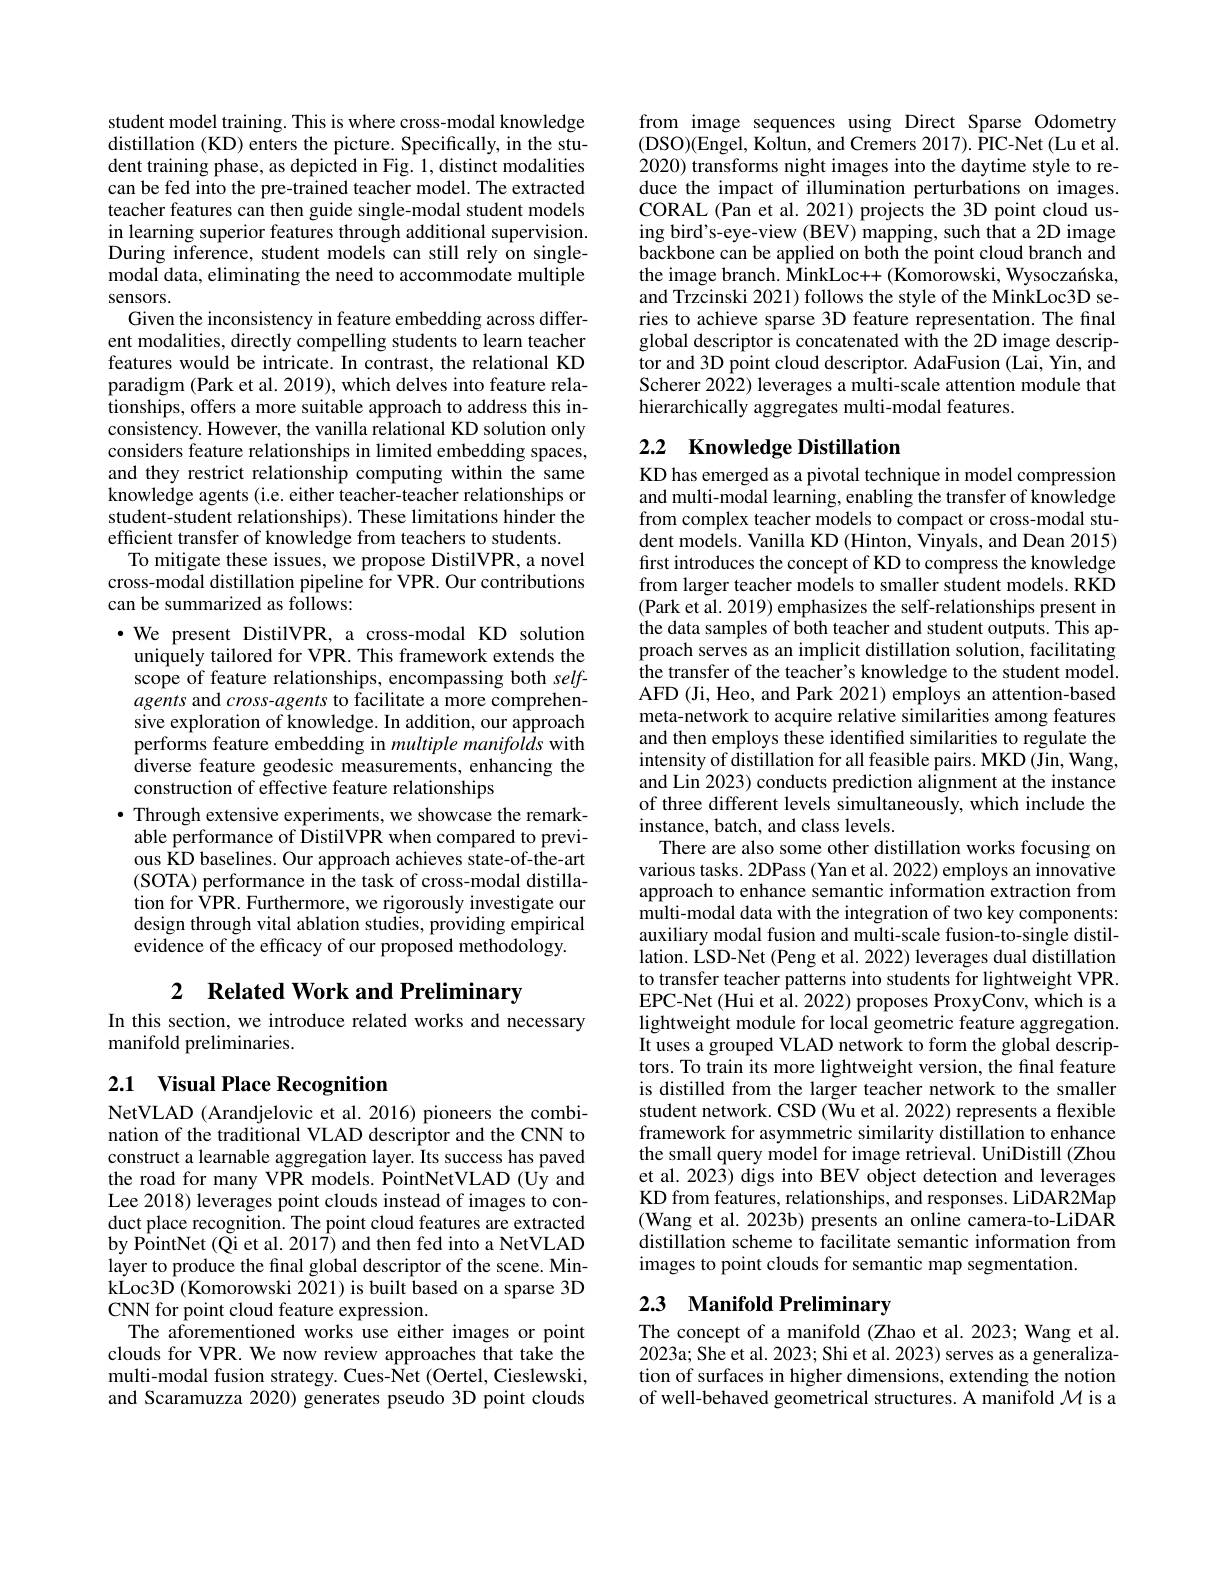
student model training. This is where cross-modal knowledge distillation (KD) enters the picture. Specifically, in the student training phase, as depicted in Fig. 1, distinct modalities can be fed into the pre-trained teacher model. The extracted teacher features can then guide single-modal student models in learning superior features through additional supervision. During inference, student models can still rely on singlemodal data, eliminating the need to accommodate multiple sensors.
Given the inconsistency in feature embedding across different modalities, directly compelling students to learn teacher features would be intricate. In contrast, the relational KD paradigm (Park et al. 2019), which delves into feature relationships, offers a more suitable approach to address this inconsistency. However, the vanilla relational KD solution only considers feature relationships in limited embedding spaces, and they restrict relationship computing within the same knowledge agents (i.e. either teacher-teacher relationships or student-student relationships). These limitations hinder the efficient transfer of knowledge from teachers to students.
To mitigate these issues, we propose DistilVPR, a novel cross-modal distillation pipeline for VPR. Our contributions can be summarized as follows:
·We present DistilVPR, a cross-modal KD solution uniquely tailored for VPR. This framework extends the scope of feature relationships, encompassing both selfagents and $cross-agents$ to facilitate a more comprehensive exploration of knowledge. In addition, our approach performs feature embedding in multiple manifolds with diverse feature geodesic measurements, enhancing the construction of effective feature relationships
$\bullet$ Through extensive experiments, we showcase the remarkable performance of DistilVPR when compared to previous RD baselines. Our approach achieves state-of-the-art (SOTA) performance in the task of cross-modal distillation for VPR. Furthermore, we rigorously investigate our design through vital ablation studies, providing empirical evidence of the efficacy of our proposed methodology.
2 Related Work and Preliminary

In this section, we introduce related works and necessary
manifold preliminaries.

# 2.1 Visual Place Recognition

NetVLAD (Arandjelovic et al. 2016) pioneers the combination of the traditional VLAD descriptor and the CNN to construct a learnable aggregation layer. Its success has paved the road for many VPR models. PointNetVLAD (Uy and Lee 2018) leverages point clouds instead of images to conduct place recognition. The point cloud features are extracted by PointNet (Qi et al. 2017) and then fed into a NetVLAD layer to produce the final global descriptor of the scene. Min- $\dot{\text{kLoc3D}}(\tilde{\text{Komorowski 2021) is built based on a sparse 3D}}$ CNN for point cloud feature expression.
The aforementioned works use either images or point clouds for VPR. We now review approaches that take the multi-modal fusion strategy. Cues-Net (Oertel, Cieslewski, and Scaramuzza 2020) generates pseudo 3D point clouds

from image sequences using Direct Sparse Odometry (DSO)(Engel, Koltun, and Cremers 2017). PIC-Net (Lu et al. 2020) transforms night images into the daytime style to reduce the impact of illumination perturbations on images. CORAL (Pan et al. 2021) projects the 3D point cloud using bird's-eye-view (BEV) mapping, such that a 2D image backbone can be applied on both the point cloud branch and the image branch. MinkLoc++ (Komorowski, Wysoczanska, and Trzcinski 2021) follows the style of the MinkLoc3D series to achieve sparse 3D feature representation. The final global descriptor is concatenated with the 2D image descriptor and 3D point cloud descriptor. AdaFusion (Lai, Yin, and Scherer 2022) leverages a multi-scale attention module that hierarchically aggregates multi-modal features.

## 2.2 Knowledge Distillation

KD has emerged as a pivotal technique in model compression and multi-modal learning, enabling the transfer of knowledge from complex teacher models to compact or cross-modal student models. Vanilla KD (Hinton, Vinyals, and Dean 2015) first introduces the concept of KD to compress the knowledge from larger teacher models to smaller student models. RKD (Park et al. 2019) emphasizes the self-relationships present in the data samples of both teacher and student outputs. This approach serves as an implicit distillation solution, facilitating the transfer of the teacher's knowledge to the student model. AFD (Ji, Heo, and Park 2021) employs an attention-based meta-network to acquire relative similarities among features and then employs these identified similarities to regulate the intensity of distillation for all feasible pairs. MKD ( Jin, Wang, and Lin 2023) conducts prediction alignment at the instance of three different levels simultaneously, which include the instance, batch, and class levels.
There are also some other distillation works focusing on various tasks. 2DPass (Yan et al. 2022) employs an innovative approach to enhance semantic information extraction from multi-modal data with the integration of two key components: auxiliary modal fusion and multi-scale fusion-to-single distillation. LSD-Net (Peng et al. 2022) leverages dual distillation to transfer teacher patterns into students for lightweight VPR. EPC-Net (Hui et al. 2022) proposes ProxyConv, which is a lightweight module for local geometric feature aggregation. It uses a grouped VLAD network to form the global descriptors. To train its more lightweight version, the final feature is distilled from the larger teacher network to the smaller student network. CSD (Wu et al. 2022) represents a flexible framework for asymmetric similarity distillation to enhance the small query model for image retrieval. UniDistill (Zhou et al. 2023) digs into BEV object detection and leverages KD from features, relationships, and responses. LiDAR2Map (Wang et al. 2023b) presents an online camera-to-LiDAR distillation scheme to facilitate semantic information from images to point clouds for semantic map segmentation.
2.3 Manifold Preliminary

The concept of a manifold (Zhao et al.2023; Wang et al. 2023a; She et al. 2023; Shi et al. 2023) serves as a generalization of surfaces in higher dimensions, extending the notion of well-behaved geometrical structures. A manifold $\mathcal{M}$ is a